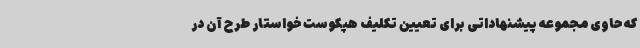
که حاوی مجموعه پیشنهاداتی برای تعیین تکلیف هپکوست خواستار طرح آن در